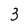
Character: 3